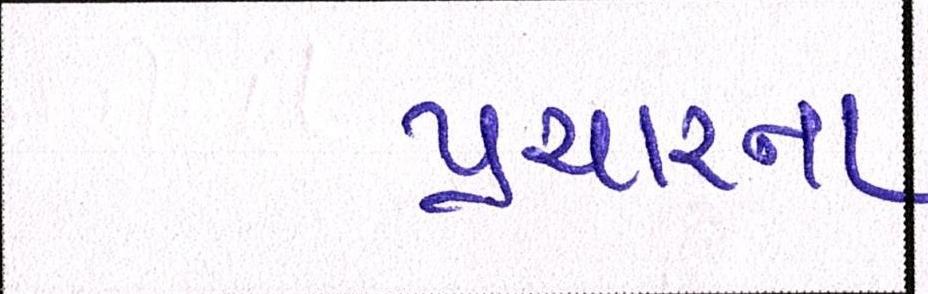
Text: પ્રચારના